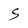
Character: S